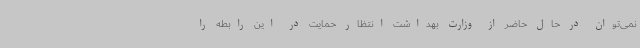
نمی‌توان در حال حاضر از وزارت بهداشت انتظار حمایت در این رابطه را